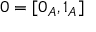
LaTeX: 0 = [ 0 _ { A } , 1 _ { A } ]